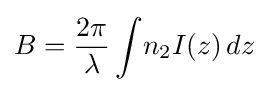
B={\frac {2\pi }{\lambda }}\int \!n_{2}I(z)\,dz